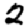
Digit: 2